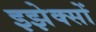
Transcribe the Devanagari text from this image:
इझेक्सों